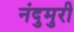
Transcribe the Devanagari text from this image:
नंदुमुरी